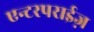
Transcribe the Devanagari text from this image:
एन्टरपराईज़